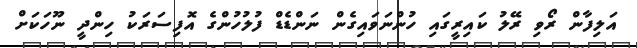
އަލިފާން ރޯވި ރޭލު ކައިރީގައި ހުންނަވައިގެން ނަންޑެޑް ފުލުހުންގެ އޮފިސަރަކު ހިންދީ ނޫހަކަށް